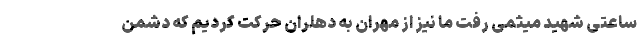
ساعتی شهید میثمی رفت ما نیز از مهران به دهلران حرکت کردیم که دشمن